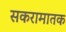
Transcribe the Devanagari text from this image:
सकरामातक